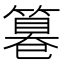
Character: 篹